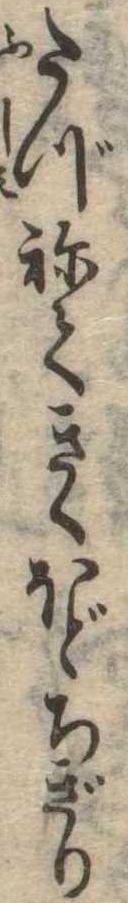
たづねてきくほどちぎり